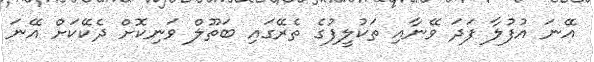
އޭނަ އުފުލާ ފަދަ ވޭނާއި ތަކުލީފުގެ ތެރޭގައި ބަތޫލް ވަނިކޮށް ދެކޭކަށް އޭނަ